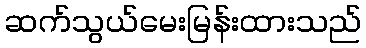
ဆက်သွယ်မေးမြန်းထားသည်